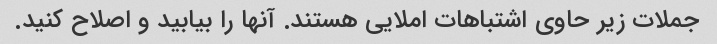
جملات زیر حاوی اشتباهات املایی هستند. آنها را بیابید و اصلاح کنید.